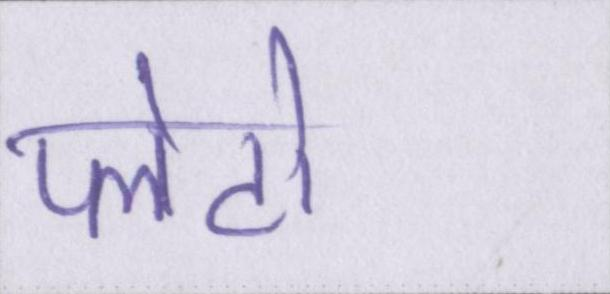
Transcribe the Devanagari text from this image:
प्लेटो